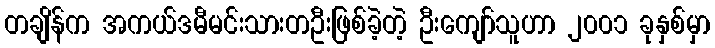
တချိန်က အကယ်ဒမီမင်းသားတဦးဖြစ်ခဲ့တဲ့ ဦးကျော်သူဟာ ၂၀၀၁ ခုနှစ်မှာ